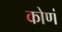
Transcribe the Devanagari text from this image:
कोणं